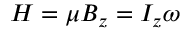
H = \mu B _ { z } = I _ { z } \omega